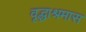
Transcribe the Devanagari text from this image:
वृद्धाश्रमास